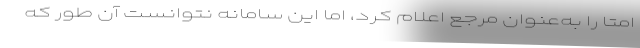
امتا را به‌عنوان مرجع اعلام کرد، اما این سامانه نتوانست آن طور که